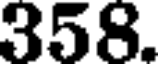
358.